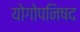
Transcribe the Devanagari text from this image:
योगोपनिषद